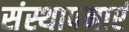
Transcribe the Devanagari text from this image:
संस्थापनाएं